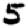
Digit: 5